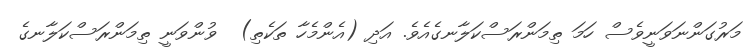
މަރުގަންނަވަނީވެސް ހަމަ ތިމަންރަސްކަލާނގެއެވެ. އަދި (އެންމެހާ ތަކެތި)  ވުންވަނީ ތިމަންރަސްކަލާނގެ